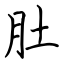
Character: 肚